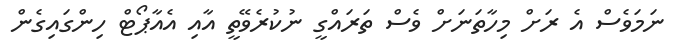
ނަމަވެސް އެ ރަށް މިހާތަނަށް ވެސް ތަރައްގީ ނުކުރެވޭތީ އާއި އެއާޕޯޓް ހިންގައިގެން